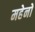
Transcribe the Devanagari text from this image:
महेनों